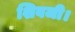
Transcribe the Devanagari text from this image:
शिवजी।